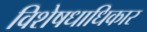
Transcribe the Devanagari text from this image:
विशेषधाधिकार